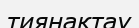
тиянақтау